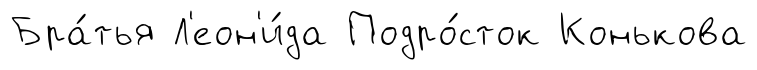
Бра́тья Л'еон'и́да Подро́сток Конькова